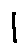
l